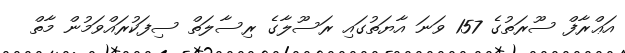
އަޢްރާފް ސޫރަތުގެ 157 ވަނަ އާޔަތުގައި ރަސޫލާގެ ރިސާލަތް ސިފަކުރައްވަމުން މާތް